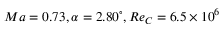
M a = 0 . 7 3 , \alpha = 2 . 8 0 ^ { \circ } , R e _ { C } = 6 . 5 \times { 1 0 ^ { 6 } }